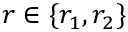
r \in \{ r _ { 1 } , r _ { 2 } \}